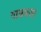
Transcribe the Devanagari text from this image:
गाळवजा